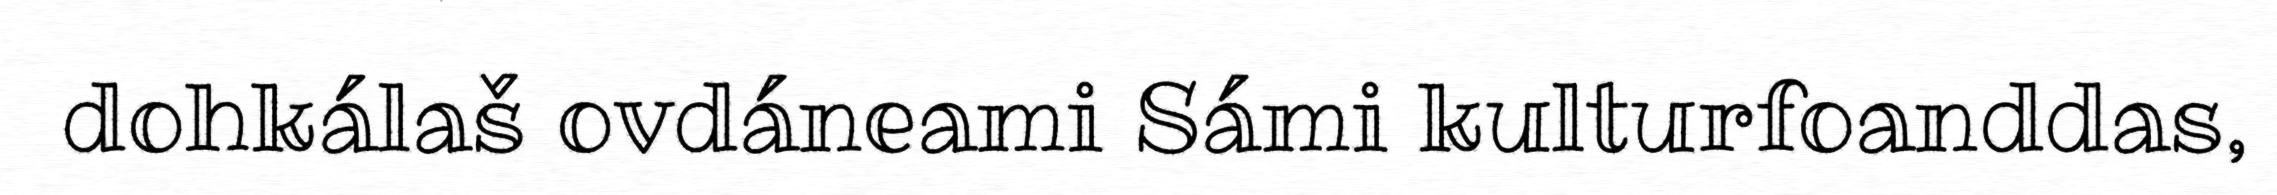
dohkálaš ovdáneami Sámi kulturfoanddas,